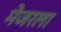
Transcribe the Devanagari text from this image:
मेजरला